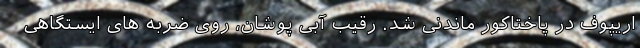
اریپوف در پاختاکور ماندنی شد. رقیب آبی پوشان، روی ضربه های ایستگاهی